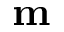
\mathbf { m }